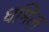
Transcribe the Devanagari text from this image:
धमिल